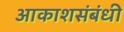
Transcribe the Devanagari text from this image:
आकाशसंबंधी